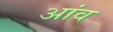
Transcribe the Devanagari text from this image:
अांव